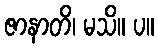
ဇာနာတိ၊ မသိ။ ပ။